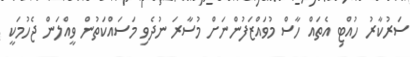
ސަރުކާރު ހުއްޓި އެތައް ހާސް މުވައްޒަފުންނަށް މުސާރަ ނުދެވި މަސައްކަތުން ވީއްލަން ޖެހުމަކީ